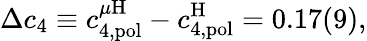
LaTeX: \Delta c_{4}\equiv c_{4,\mathrm{pol}}^{\mu\mathrm{H}}-c_{4,\mathrm{pol}}^{\mathrm{H}}=0.17(9),